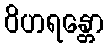
ဝိဟရန္တော